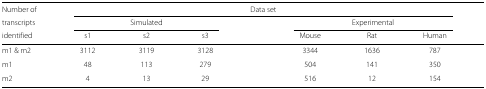
<table><thead><tr><td><b>Number of</b></td><td colspan="8"><b>Data set</b></td></tr><tr><td><b>transcripts</b></td><td colspan="3"><b>Simulated</b></td><td></td><td colspan="3"><b>Experimental</b></td><td></td></tr><tr><td><b>identified</b></td><td><b>s1</b></td><td><b>s2</b></td><td><b>s3</b></td><td></td><td><b>Mouse</b></td><td><b>Rat</b></td><td><b>Human</b></td><td></td></tr></thead><tbody><tr><td>m1 &amp; m2</td><td>3112</td><td>3119</td><td>3128</td><td></td><td>3344</td><td>1636</td><td>787</td><td></td></tr><tr><td>m1</td><td>48</td><td>113</td><td>279</td><td></td><td>504</td><td>141</td><td>350</td><td></td></tr><tr><td>m2</td><td>4</td><td>13</td><td>29</td><td></td><td>516</td><td>12</td><td>154</td><td></td></tr></tbody></table>